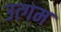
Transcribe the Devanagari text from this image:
उत्गम